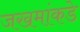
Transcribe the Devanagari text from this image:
जखमांकडे